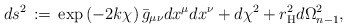
\begin{align*}ds^2\, := \, \exp\left(-2k\chi\right)\bar{g}_{\mu\nu}dx^\mu dx^\nu +d\chi^2+r_{\rm H}^2 d\Omega_{n-1}^2,\end{align*}